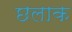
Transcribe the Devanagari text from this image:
छलाक